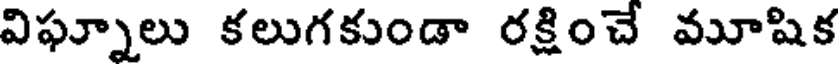
విఫ్నూలు కలుగకుండా రక్షించే మూషిక